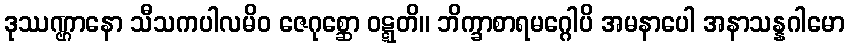
ဒုဿဏ္ဌာနော သီသကပါလမိဝ ဇေဂုစ္ဆော ဝဋ္ဋတိ။ ဘိက္ခာစာရမဂ္ဂေါပိ အမနာပေါ အနာသန္နဂါမော